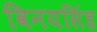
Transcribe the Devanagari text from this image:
विनयसिंह